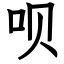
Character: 呗